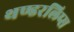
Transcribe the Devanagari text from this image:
थण्डरलिप्स